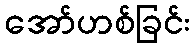
အော်ဟစ်ခြင်း